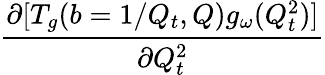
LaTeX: {\frac{\partial[T_{g}(b=1/Q_{t},Q)g_{\omega}(Q_{t}^{2})]}{\partial Q_{t}^{2}}}